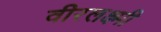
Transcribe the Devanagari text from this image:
वीरलक्ष्मी